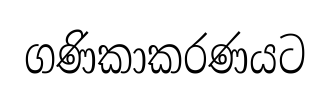
ගණිකාකරණයට